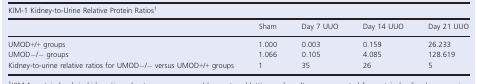
<table><thead><tr><td colspan="5"><b>KIM‐1 Kidney‐to‐Urine Relative Protein Ratiosa</b></td></tr><tr><td></td><td><b>Sham</b></td><td><b>Day 7 UUO</b></td><td><b>Day 14 UUO</b></td><td><b>Day 21 UUO</b></td></tr></thead><tbody><tr><td>UMOD+/+ groups</td><td>1.000</td><td>0.003</td><td>0.159</td><td>26.233</td></tr><tr><td>UMOD−/− groups</td><td>1.066</td><td>0.105</td><td>4.085</td><td>128.619</td></tr><tr><td>Kidney‐to‐urine relative ratios for UMOD−/− versus UMOD+/+ groups</td><td>1</td><td>35</td><td>26</td><td>5</td></tr></tbody></table>